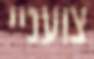
צועניי